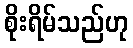
စိုးရိမ်သည်ဟု